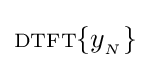
\scriptstyle {\text{DTFT}}\displaystyle \{y_{_{N}}\}